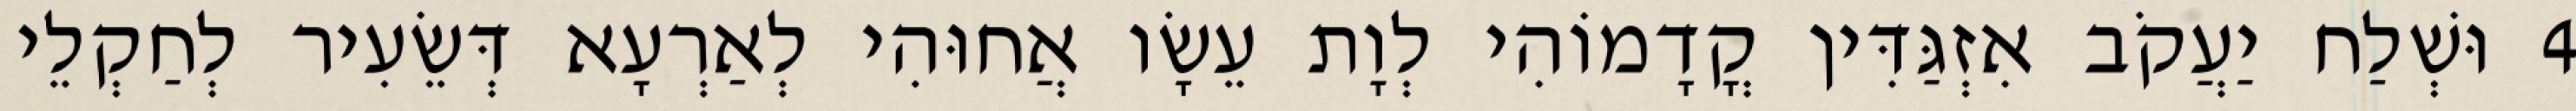
4 וּשְׁלַח יַעֲקֹב אִזְגַּדִּין קֳדָמוֹהִי לְוָת עֵשָׂו אֲחוּהִי לְאַרְעָא דְּשֵׂעִיר לְחַקְלֵי